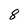
Character: 8